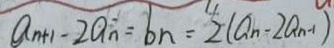
a _ { n + 1 } - 2 a _ { n } = b n = 2 ( a _ { n } - 2 a _ { n - 1 } )